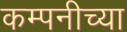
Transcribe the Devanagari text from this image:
कम्पनीच्या